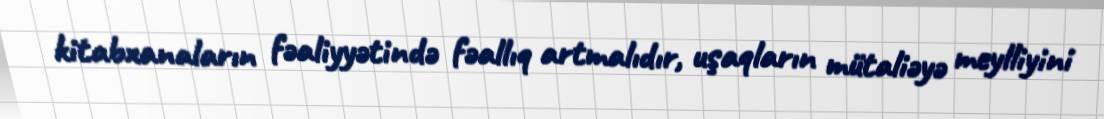
kitabxanaların fəaliyyətində fəallıq artmalıdır, uşaqların mütaliəyə meylliyini